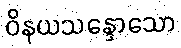
ဝိနယသန္ဒောသော